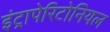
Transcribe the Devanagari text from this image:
इंट्रापेरिटोनियल